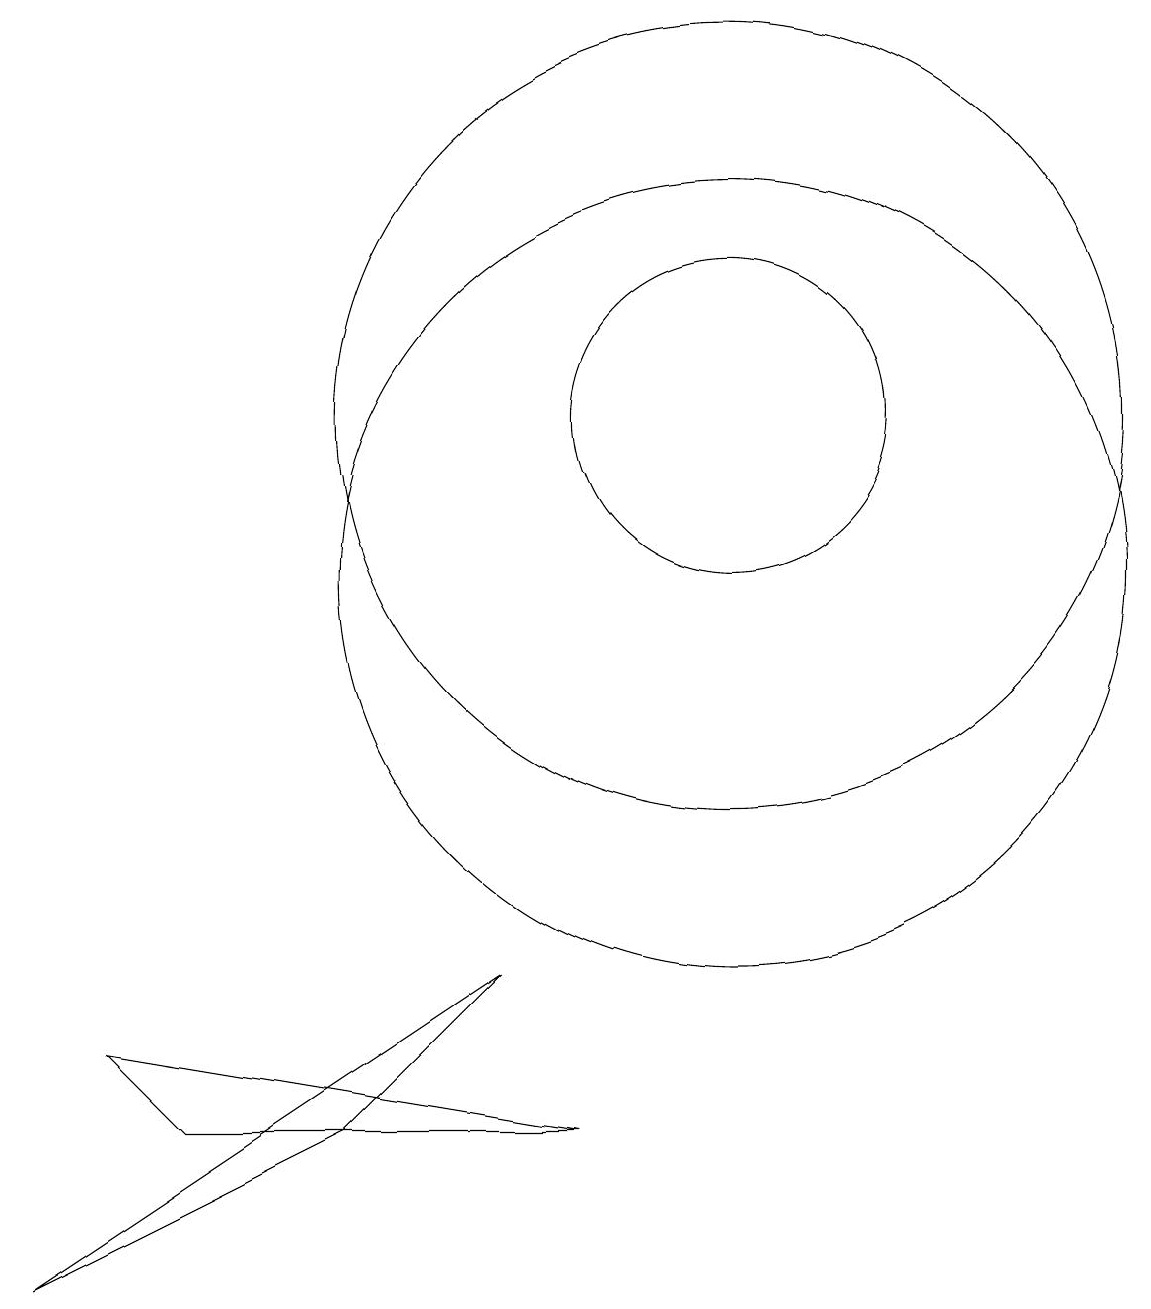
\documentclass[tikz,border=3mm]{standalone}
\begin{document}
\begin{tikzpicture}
\draw (10,11) circle (0);
\draw (11,12) circle (5);
\draw (3,4) -- (9,3) -- (4,3) -- cycle;
\draw (11,12) circle (2);
\draw (2,1) -- (6,3) -- (8,5) -- cycle;
\draw (11,10) circle (5);
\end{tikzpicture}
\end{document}